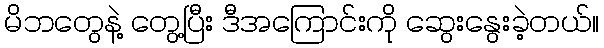
မိဘတွေနဲ့ တွေ့ပြီး ဒီအကြောင်းကို ဆွေးနွေးခဲ့တယ်။